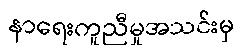
နာရေးကူညီမှုအသင်းမှ